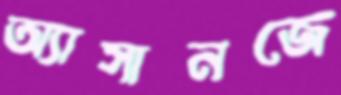
অ্যাসানজে